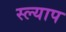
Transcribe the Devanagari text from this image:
स्ल्याप